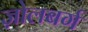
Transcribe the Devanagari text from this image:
ज़ोलबर्ग